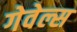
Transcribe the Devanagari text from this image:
गेवेल्स